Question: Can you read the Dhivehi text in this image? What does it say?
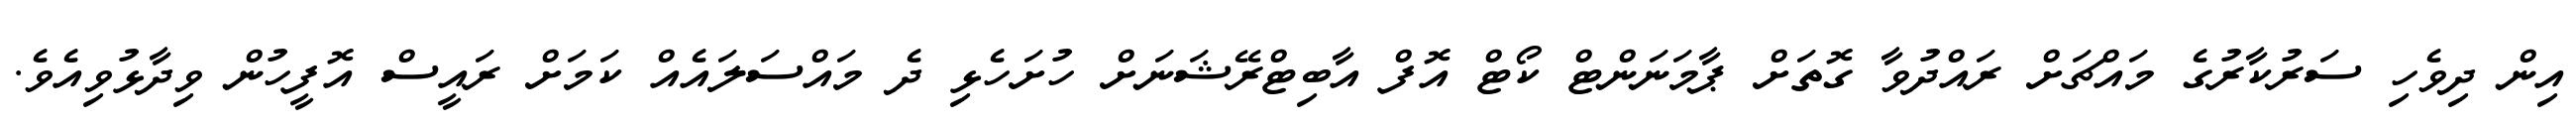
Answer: އިން ދިވެހި ސަރުކާރުގެ މައްޗަށް ރައްދުވާ ގޮތަށް ޕާމަނަންޓް ކޯޓް އޮފް އާބިޓްރޭޝަނަށް ހުށަހެޅި ދެ މައްސަލައެއް ކަމަށް ރައީސް އޮފީހުން ވިދާޅުވިއެވެ.